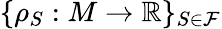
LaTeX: \{ \rho_{S}:M\to\mathbb{R}\} _{S\in\mathcal{F}}